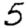
Digit: 5